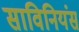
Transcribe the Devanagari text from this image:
साविनियंस